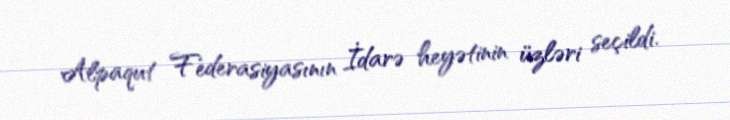
Alpaqut Federasiyasının İdarə heyətinin üzləri seçildi.